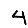
Digit: 4